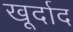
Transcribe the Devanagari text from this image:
खूर्दाद